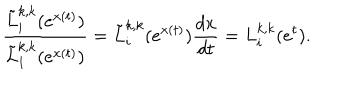
LaTeX: \frac { \tilde { L } _ { i } ^ { k , k } ( e ^ { x ( t ) } ) } { \tilde { L } _ { 1 } ^ { k , k } ( e ^ { x ( t ) } ) } = \tilde { L } _ { i } ^ { k , k } ( e ^ { x ( t ) } ) { \frac { d x } { d t } } = L _ { i } ^ { k , k } ( e ^ { t } ) .